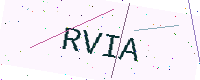
Text: RVIA